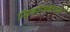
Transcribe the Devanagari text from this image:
सिहाँसनारुड